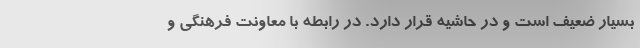
بسیار ضعیف است و در حاشیه‌ قرار دارد. در رابطه با معاونت فرهنگی و